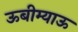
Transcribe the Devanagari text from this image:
ऊबीम्याऊ